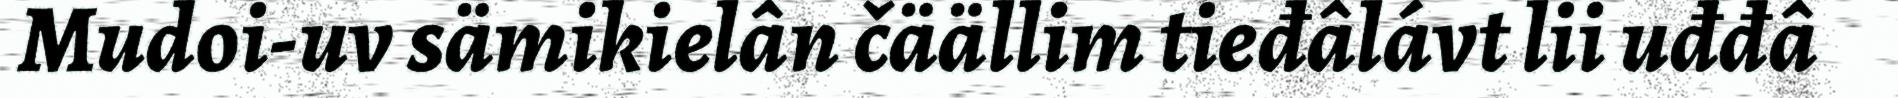
Mudoi-uv sämikielân čäällim tieđâlávt lii uđđâ